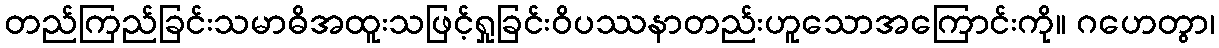
တည်ကြည်ခြင်းသမာဓိအထူးသဖြင့်ရှုခြင်းဝိပဿနာတည်းဟူသောအကြောင်းကို။ ဂဟေတွာ၊